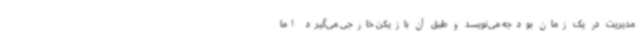
مدیریت در یک زمان بودجه می‌نویسد و طبق آن بازیکن خارجی می‌گیرد اما